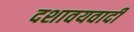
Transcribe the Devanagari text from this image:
दशावयवादी